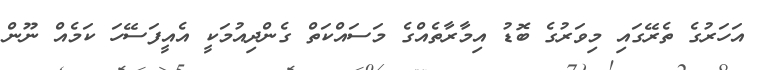
އަހަރުގެ ތެރޭގައި މިވަރުގެ ބޮޑު އިމާރާތެއްގެ މަސައްކަތް ގެންދިއުމަކީ އެއީފަސޭހަ ކަމެއް ނޫން